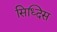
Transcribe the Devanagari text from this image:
सिध्दिस